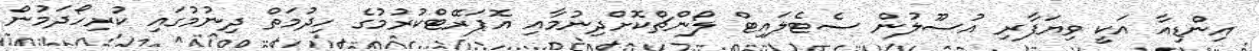
އިންޑިއާ އަކީ ވިޔަފާރި އުސޫލުން ސެޓެލައިޓް ލޯންޗްކޮށްދިނުމާއި އޮޕަރޭޓްކުުރުމުގެ ހިދުމަތް ދިނުމުގައި ކުރިހޯދަމުން